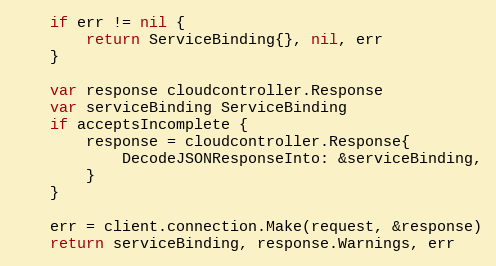
Language: Go
	if err != nil {
		return ServiceBinding{}, nil, err
	}

	var response cloudcontroller.Response
	var serviceBinding ServiceBinding
	if acceptsIncomplete {
		response = cloudcontroller.Response{
			DecodeJSONResponseInto: &serviceBinding,
		}
	}

	err = client.connection.Make(request, &response)
	return serviceBinding, response.Warnings, err